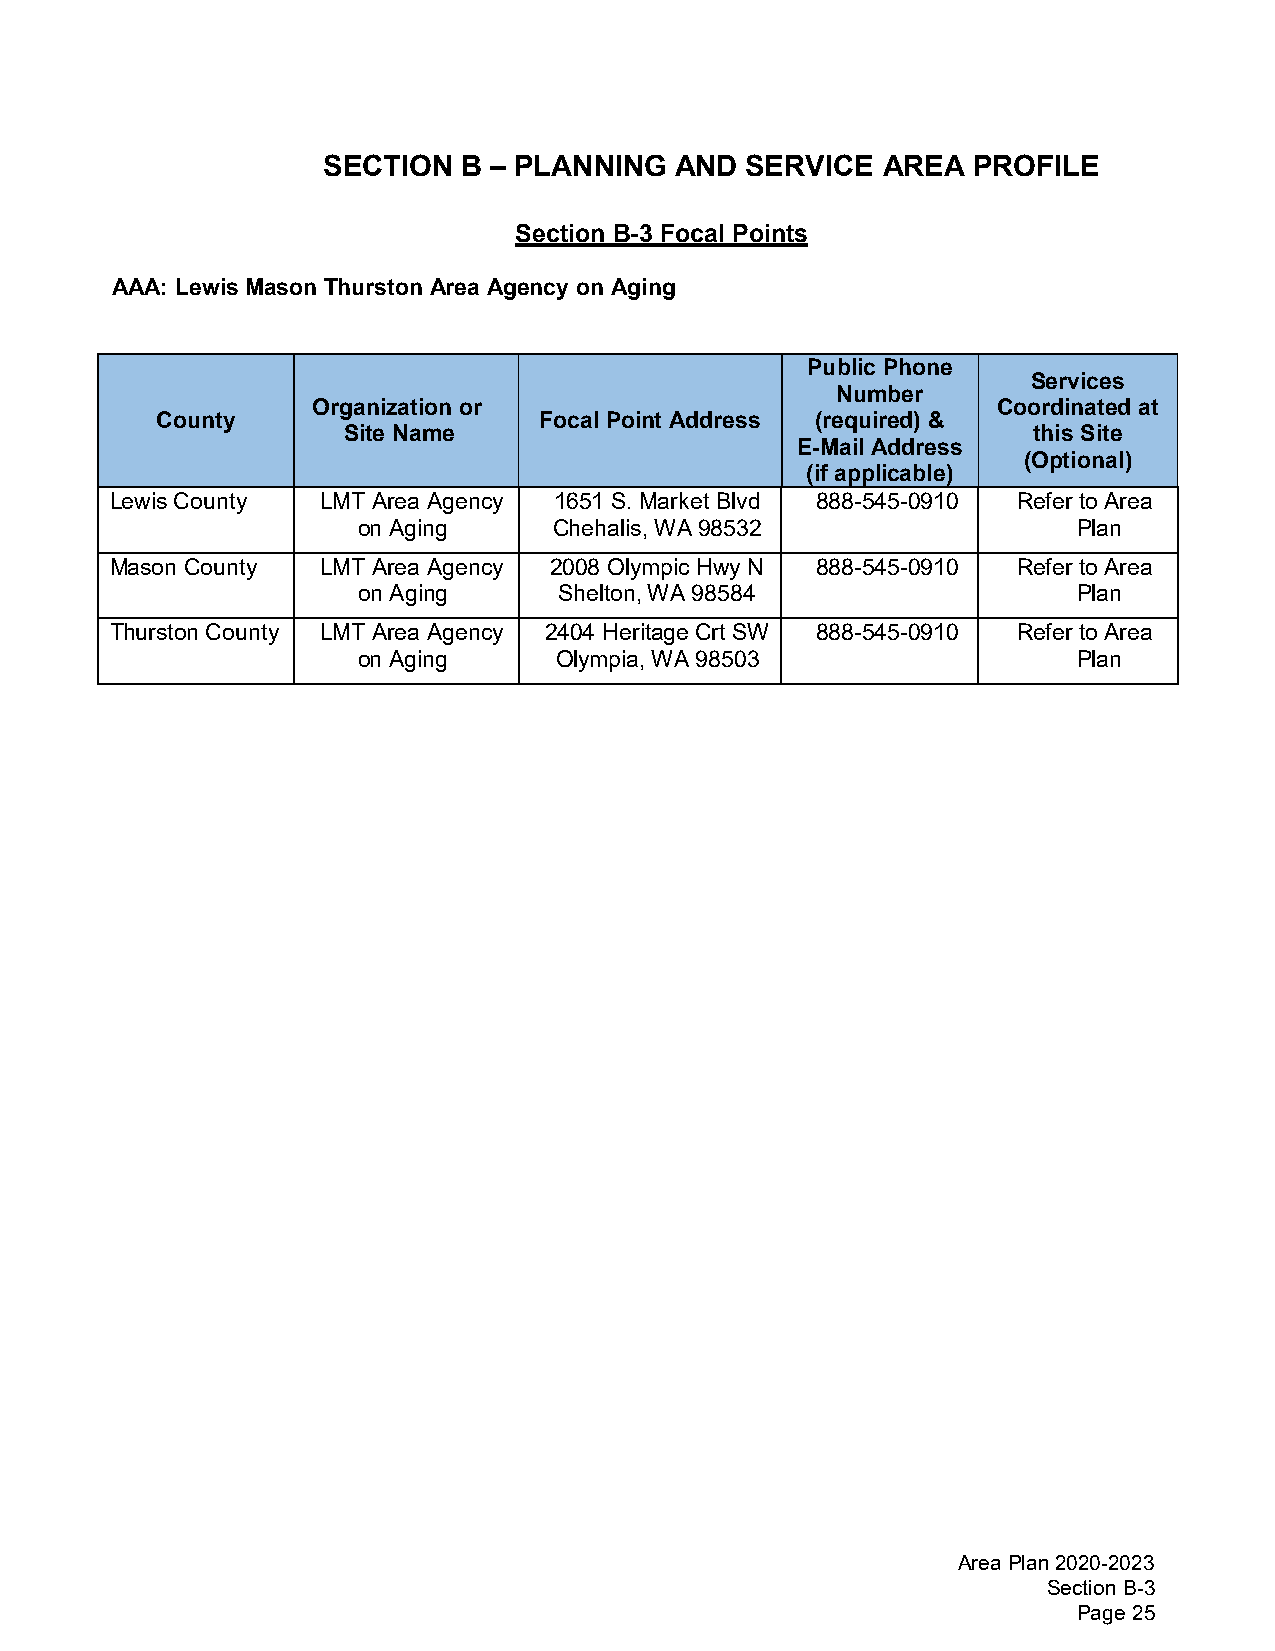
SECTION   B – PLANNING  AND SERVICE  AREA  PROFILE
 Section B-3 Focal Points
 AAA: Lewis Mason Thurston Area Agency on Aging
 Public Phone
 Services
 Number
 Organization or                              Coordinated at
 County                    Focal Point Address (required) &
 Site Name                                    this Site
 E-Mail Address
 (Optional)
 (if applicable)
 Lewis County  LMT Area Agency 1651 S. Market Blvd 888-545-0910 Refer to Area
 on Aging     Chehalis, WA 98532                Plan
 Mason County  LMT Area Agency 2008 Olympic Hwy N 888-545-0910 Refer to Area
 on Aging     Shelton, WA 98584                 Plan
 Thurston County LMT Area Agency 2404 Heritage Crt SW 888-545-0910 Refer to Area
 on Aging     Olympia, WA 98503                 Plan
 Area Plan 2020-2023
 Section B-3
 Page 25